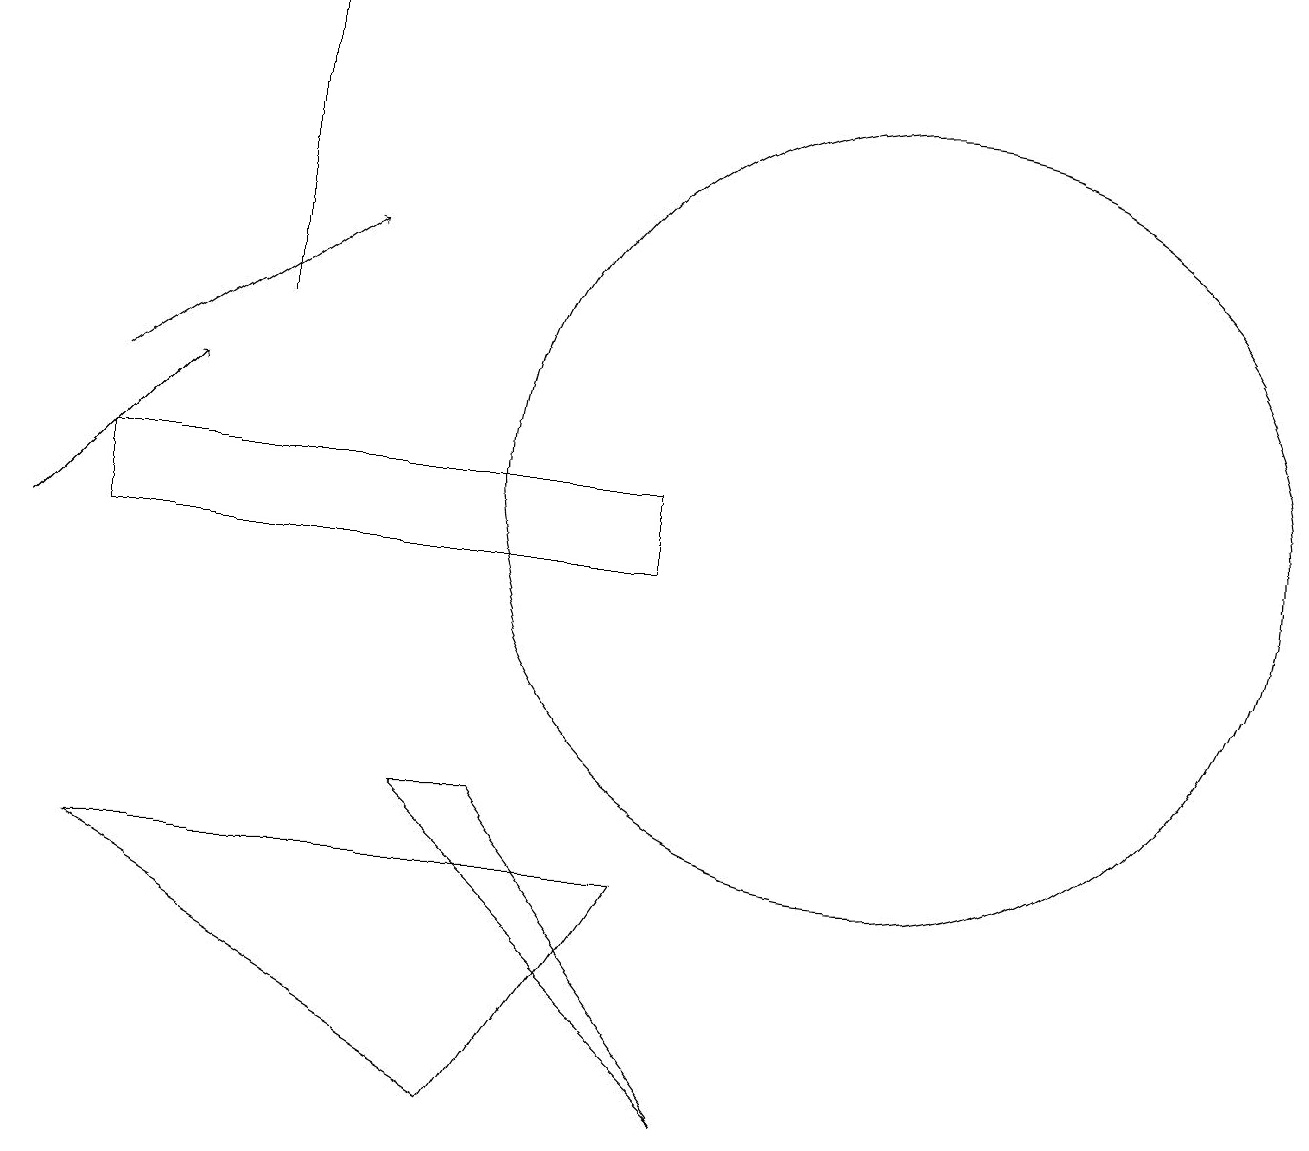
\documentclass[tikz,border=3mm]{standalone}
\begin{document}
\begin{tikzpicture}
\draw (1,12) rectangle (8,11);
\draw[->] (3,14) -- (3,18);
\draw (11,12) circle (5);
\draw[->] (0,11) -- (2,13);
\draw (6,8) -- (9,4) -- (5,8) -- cycle;
\draw (10,11) circle (0);
\draw[->] (1,13) -- (4,15);
\draw (8,7) -- (6,4) -- (1,7) -- cycle;
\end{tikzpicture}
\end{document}